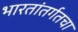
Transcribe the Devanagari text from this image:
भारतांतर्गतचा